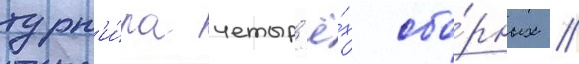
турн'и́ра четыр'ё́х сбо́рных //